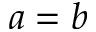
a = b